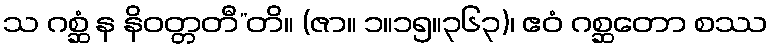
သ ဂစ္ဆံ န နိဝတ္တတီ”တိ။ (ဇာ။ ၁။၁၅။၃၆၃)၊ ဧဝံ ဂစ္ဆတော စဿ